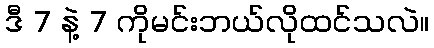
ဒီ 7 နဲ့ 7 ကိုမင်းဘယ်လိုထင်သလဲ။